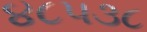
૪૮૫૩૮